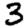
Digit: 3